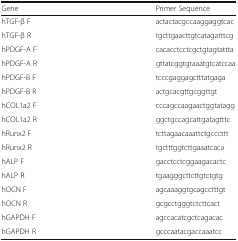
| Gene | Primer Sequence |
 | --- | --- |
 | hTGF-β F | actactacgccaaggaggtcac |
 | hTGF-β R | tgcttgaacttgtcatagatttcg |
 | hPDGF-A F | cacacctcctcgctgtagtattta |
 | hPDGF-A R | gttatcggtgtaaatgtcatccaa |
 | hPDGF-B F | tcccgaggagctttatgaga |
 | hPDGF-B R | actgcacgttgcggttgt |
 | hCOL1a2 F | cccagccaagaactggtatagg |
 | hCOL1a2 R | ggctgccagcattgatagtttc |
 | hRunx2 F | tcttagaacaaattctgcccttt |
 | hRunx2 R | tgctttggtcttgaaatcaca |
 | hALP F | gacctcctcggaagacactc |
 | hALP R | tgaagggcttcttgtctgtg |
 | hOCN F | agcaaaggtgcagcctttgt |
 | hOCN R | gcgcctgggtctcttcact |
 | hGAPDH F | agccacatcgctcagacac |
 | hGAPDH R | gcccaatacgaccaaatcc |